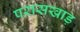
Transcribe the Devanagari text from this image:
परासखाड़